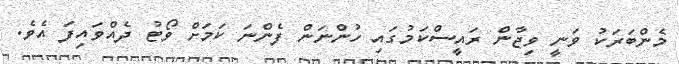
މެންބަރަކު ވަނީ ވިޖާން ރައީސްކަމުގައި ހުންނަން ފެންނަ ކަމަށް ވޯޓު ދެއްވައިފަ އެވެ.